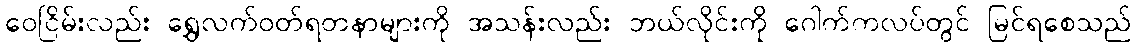
ဝေငြိမ်းလည်း ရွှေလက်ဝတ်ရတနာများကို အသန်းလည်း ဘယ်လိုင်းကို ဂေါက်ကလပ်တွင် မြင်ရစေသည်